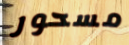
مسحور